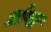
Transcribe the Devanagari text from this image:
अंपा